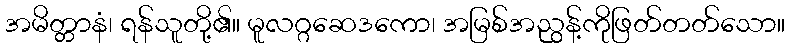
အမိတ္တာနံ၊ ရန်သူတို့၏။ မူလဂ္ဂဆေဒကော၊ အမြစ်အညွန့်ကိုဖြတ်တတ်သော။